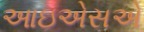
આઇએસએ